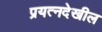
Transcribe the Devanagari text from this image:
प्रयत्‍नदेखील